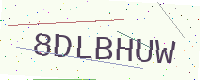
Text: 8DLBHUW